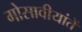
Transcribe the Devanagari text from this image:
गोसावीयांतें